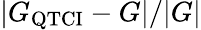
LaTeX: |G_{\mathrm{QTCI}}-G|/|G|